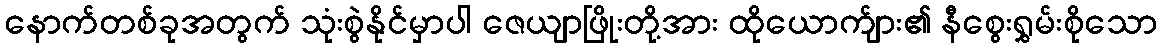
နောက်တစ်ခုအတွက် သုံးစွဲနိုင်မှာပါ ဇေယျာဖြိုးတို့အား ထိုယောက်ျား၏ နီစွေးရွှမ်းစိုသော